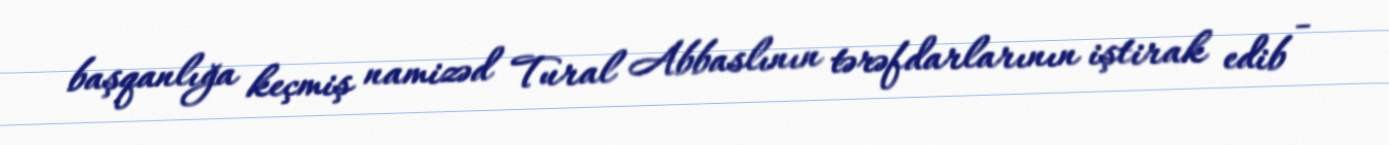
başqanlığa keçmiş namizəd Tural Abbaslının tərəfdarlarının iştirak edib -